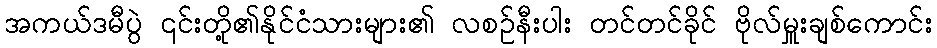
အကယ်ဒမီပွဲ ၎င်းတို့၏နိုင်ငံသားများ၏ လစဉ်နီးပါး တင်တင်ခိုင် ဗိုလ်မှူးချစ်ကောင်း